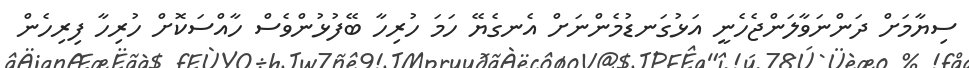
ސިޔާމަށް ދަންނަވާލަންޖެހެނީ އަޅުގަނޑުމެންނަށް އެނގެޔޭ ހަމަ ހުރިހާ ބޭފުޅުންވެސް ހާއްސަކޮށް ހުރިހާ ފިރިހެން